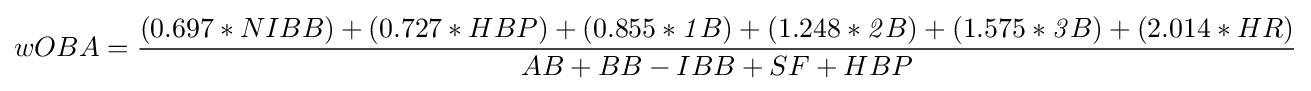
wOBA={\frac {(0.697*NIBB)+(0.727*HBP)+(0.855*{\mathit {1}}B)+(1.248*{\mathit {2}}B)+(1.575*{\mathit {3}}B)+(2.014*HR)}{AB+BB-IBB+SF+HBP}}